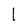
Character: 1